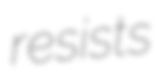
resists